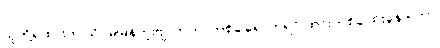
သူတို့ရထားက သိပ်မမြန်ဘူးဗျ၊ ဘူတာတစ်ခါရောက်ရင် ထင်းတစ်ခါထိုးနေ ရတာ